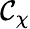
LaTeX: \mathcal{C}_{\chi}